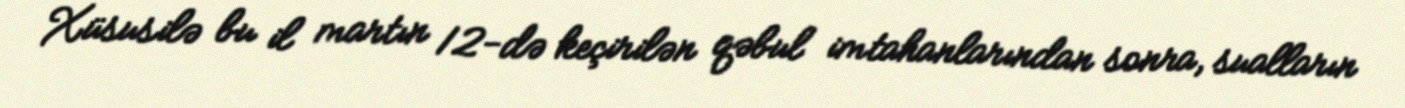
Xüsusilə bu il martın 12-də keçirilən qəbul imtahanlarından sonra, sualların